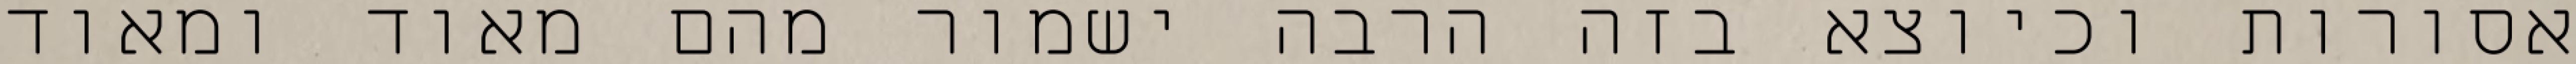
אסורות וכיוצא בזה הרבה ישמור מהם מאוד ומאוד